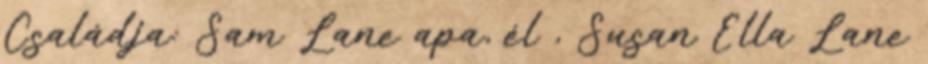
Családja: Sam Lane apa, él , Susan Ella Lane